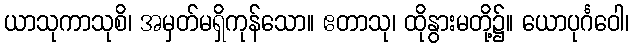
ယာသုကာသုစိ၊ အမှတ်မရှိကုန်သော။ ဧတာသု၊ ထိုနွားမတို့၌။ ယောပုင်္ဂဝေါ၊